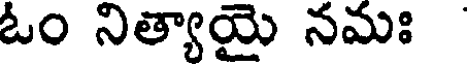
ఓం నిత్యాయై నమః